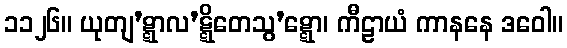
၁၁၂၆။ ယုတျ’ဋ္ဋာလ’ဋ္ဋိတေသွ’ဋ္ဋော၊ ကီဠာယံ ကာနနေ ဒဝေါ။